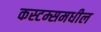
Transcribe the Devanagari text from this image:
कस्टम्समधील